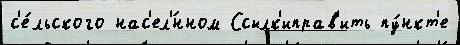
с'е́льского нас'ел'́нном Ссылк'иправ'ить пу́нкт'е